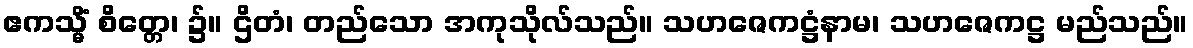
ဧကသ္မိံ စိတ္တေ၊ ၌။ ဌိတံ၊ တည်သော အကုသိုလ်သည်။ သဟဇေကဋ္ဌံနာမ၊ သဟဇေကဋ္ဌ မည်သည်။